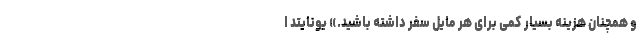
و همچنان هزینه بسیار کمی برای هر مایل سفر داشته باشید.» یونایتد ا